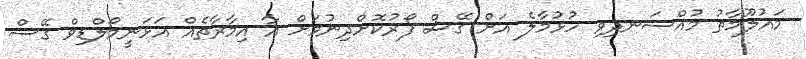
މައުލޫމާތު މުއްސަނދިވި ހުޅުމާލެ އަށް ގޭސް ފޯރުކޮށްދިނުމަށް އާ އިމާރާތެއް އަޅަނީމޯލްޑިވް ގޭސް